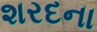
શરદના